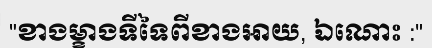
"ខាងម្ខាងទីទៃពីខាងអាយ, ឯណោះ :"